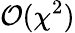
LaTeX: \mathcal{O}(\chi^{2})